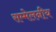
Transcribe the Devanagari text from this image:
सम्मेलनीय